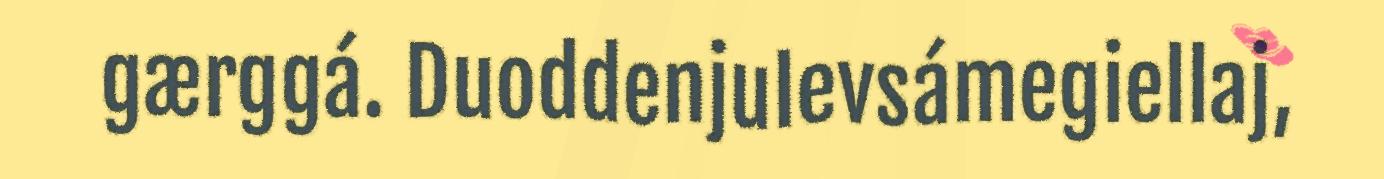
gærggá. Duoddenjulevsámegiellaj,